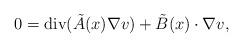
LaTeX: \begin{align*}0=\mbox{div} (\tilde{A}(x)\nabla v)+\tilde{B}(x)\cdot\nabla v,\end{align*}